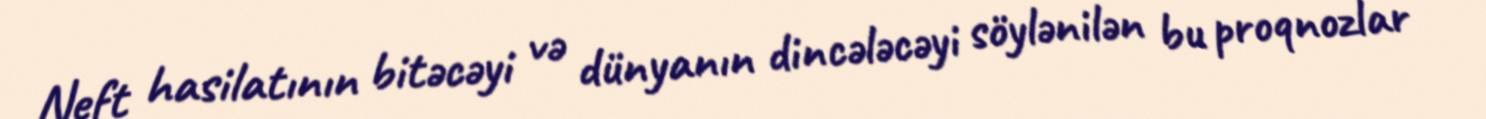
Neft hasilatının bitəcəyi və dünyanın dincələcəyi söylənilən bu proqnozlar